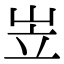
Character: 岦